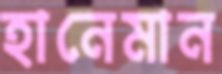
হানেমান